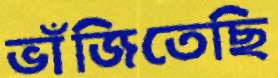
ভাঁজিতেছি